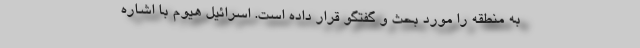
به منطقه را مورد بحث و گفتگو قرار داده است. اسرائیل هیوم با اشاره